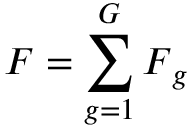
\boldsymbol { F } = \sum _ { g = 1 } ^ { G } \boldsymbol { F } _ { g }